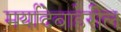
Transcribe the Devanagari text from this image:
मर्यादेबाहेरील